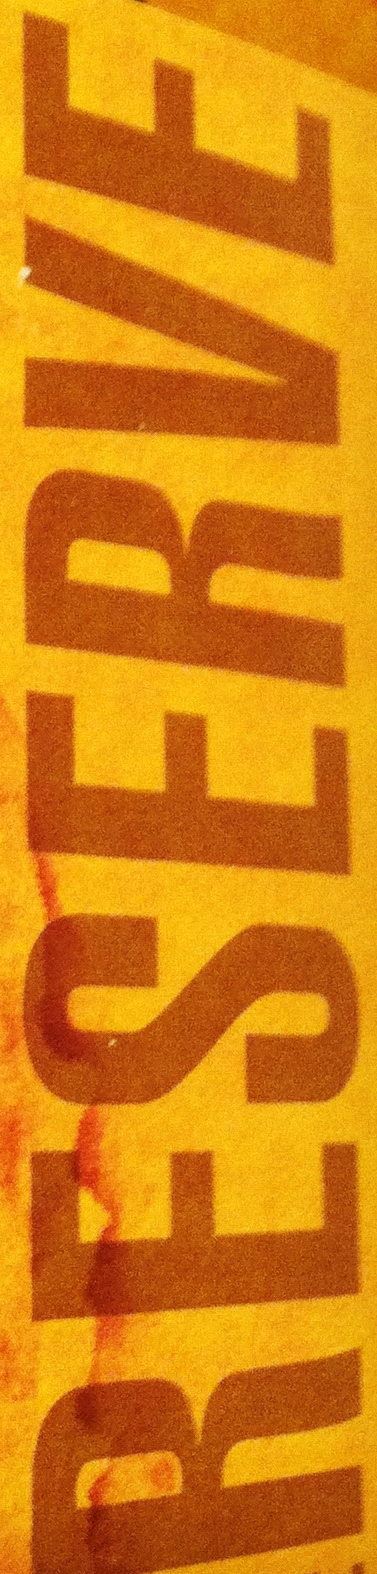
RESERVE